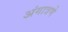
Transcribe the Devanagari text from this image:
अंगात्रणे